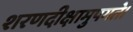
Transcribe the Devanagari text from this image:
शरणदीक्षामुपगते।